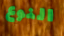
النوع